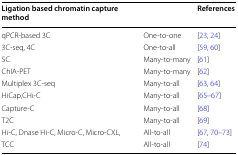
<table><thead><tr><td><b>Ligation based chromatin capture method</b></td><td>[EMPTY_CELL]</td><td><b>References</b></td></tr></thead><tbody><tr><td>qPCR-based 3C</td><td>One-to-one</td><td>[23, 24]</td></tr><tr><td>3C-seq, 4C</td><td>One-to-all</td><td>[59, 60]</td></tr><tr><td>5C</td><td>Many-to-many</td><td>[61]</td></tr><tr><td>ChIA-PET</td><td>Many-to-many</td><td>[62]</td></tr><tr><td>Multiplex 3C-seq</td><td>Many-to-all</td><td>[63, 64]</td></tr><tr><td>HiCap,CHi-C</td><td>Many-to-all</td><td>[65–67]</td></tr><tr><td>Capture-C</td><td>Many-to-all</td><td>[68]</td></tr><tr><td>T2C</td><td>Many-to-all</td><td>[69]</td></tr><tr><td>Hi-C, Dnase Hi-C, Micro-C, Micro-CXL,</td><td>All-to-all</td><td>[67, 70–73]</td></tr><tr><td>TCC</td><td>All-to-all</td><td>[74]</td></tr></tbody></table>